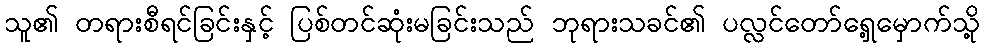
သူ၏ တရားစီရင်ခြင်းနှင့် ပြစ်တင်ဆုံးမခြင်းသည် ဘုရားသခင်၏ ပလ္လင်တော်ရှေ့မှောက်သို့